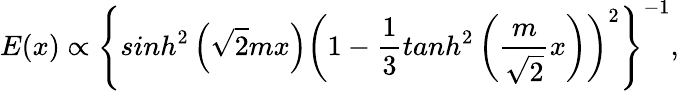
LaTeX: E(x)\propto\left\{ sinh^{2}\left(\sqrt{2}mx\right)\left(1-\frac 13tanh^{2}\left(\frac{m}{\sqrt 2}x\right)\right)^{2}\right\} ^{-1},